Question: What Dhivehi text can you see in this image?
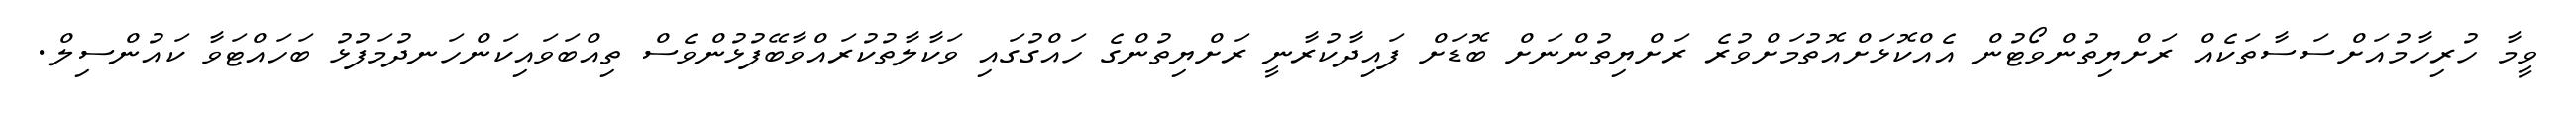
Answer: ވީމާ ހުރިހާމުއަށްސަސާތަކެއް ރަށްޔިތުންވޯޓުން އެއްކޮޅަށްއޮތުމަށްވުރެ ރަށްޔިތުންނަށް ބޮޑަށް ފައިދާކުރާނީ ރަށްޔިތުންގެ ހައްގުގައި ވަކާލާތުކުރައްވާބޭފުޅުންވެސް ތިއްބަވައިކަންހަނދުމަފުޅު ބަހައްޓަވާ ކައުންސިލް.